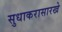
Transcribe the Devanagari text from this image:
सुधाकरासारखे